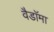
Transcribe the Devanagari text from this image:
वैडाॅमा